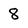
Character: 8